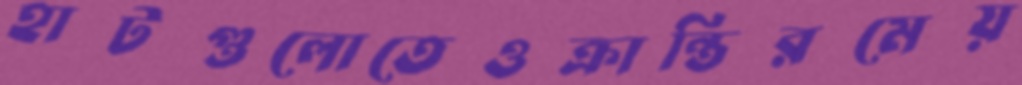
হাটগুলোতেওক্রান্তিরমেয়